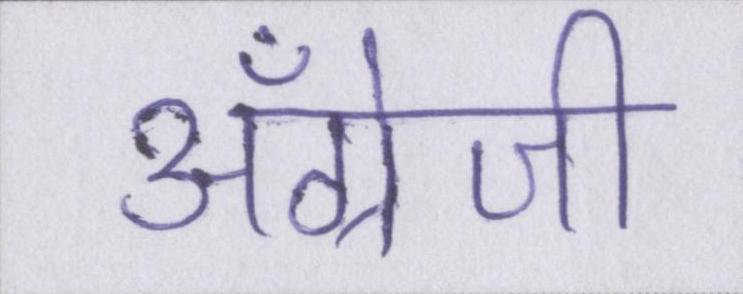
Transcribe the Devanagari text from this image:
अँग्रेजी